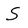
Character: S